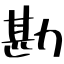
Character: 勘